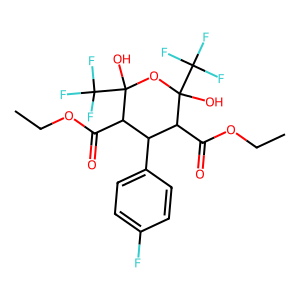
SMILES: CCOC(=O)C1C(c2ccc(F)cc2)C(C(=O)OCC)C(O)(C(F)(F)F)OC1(O)C(F)(F)F
Inhibits HIV replication: No